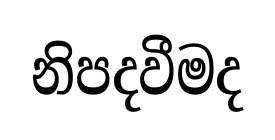
නිපදවීමද